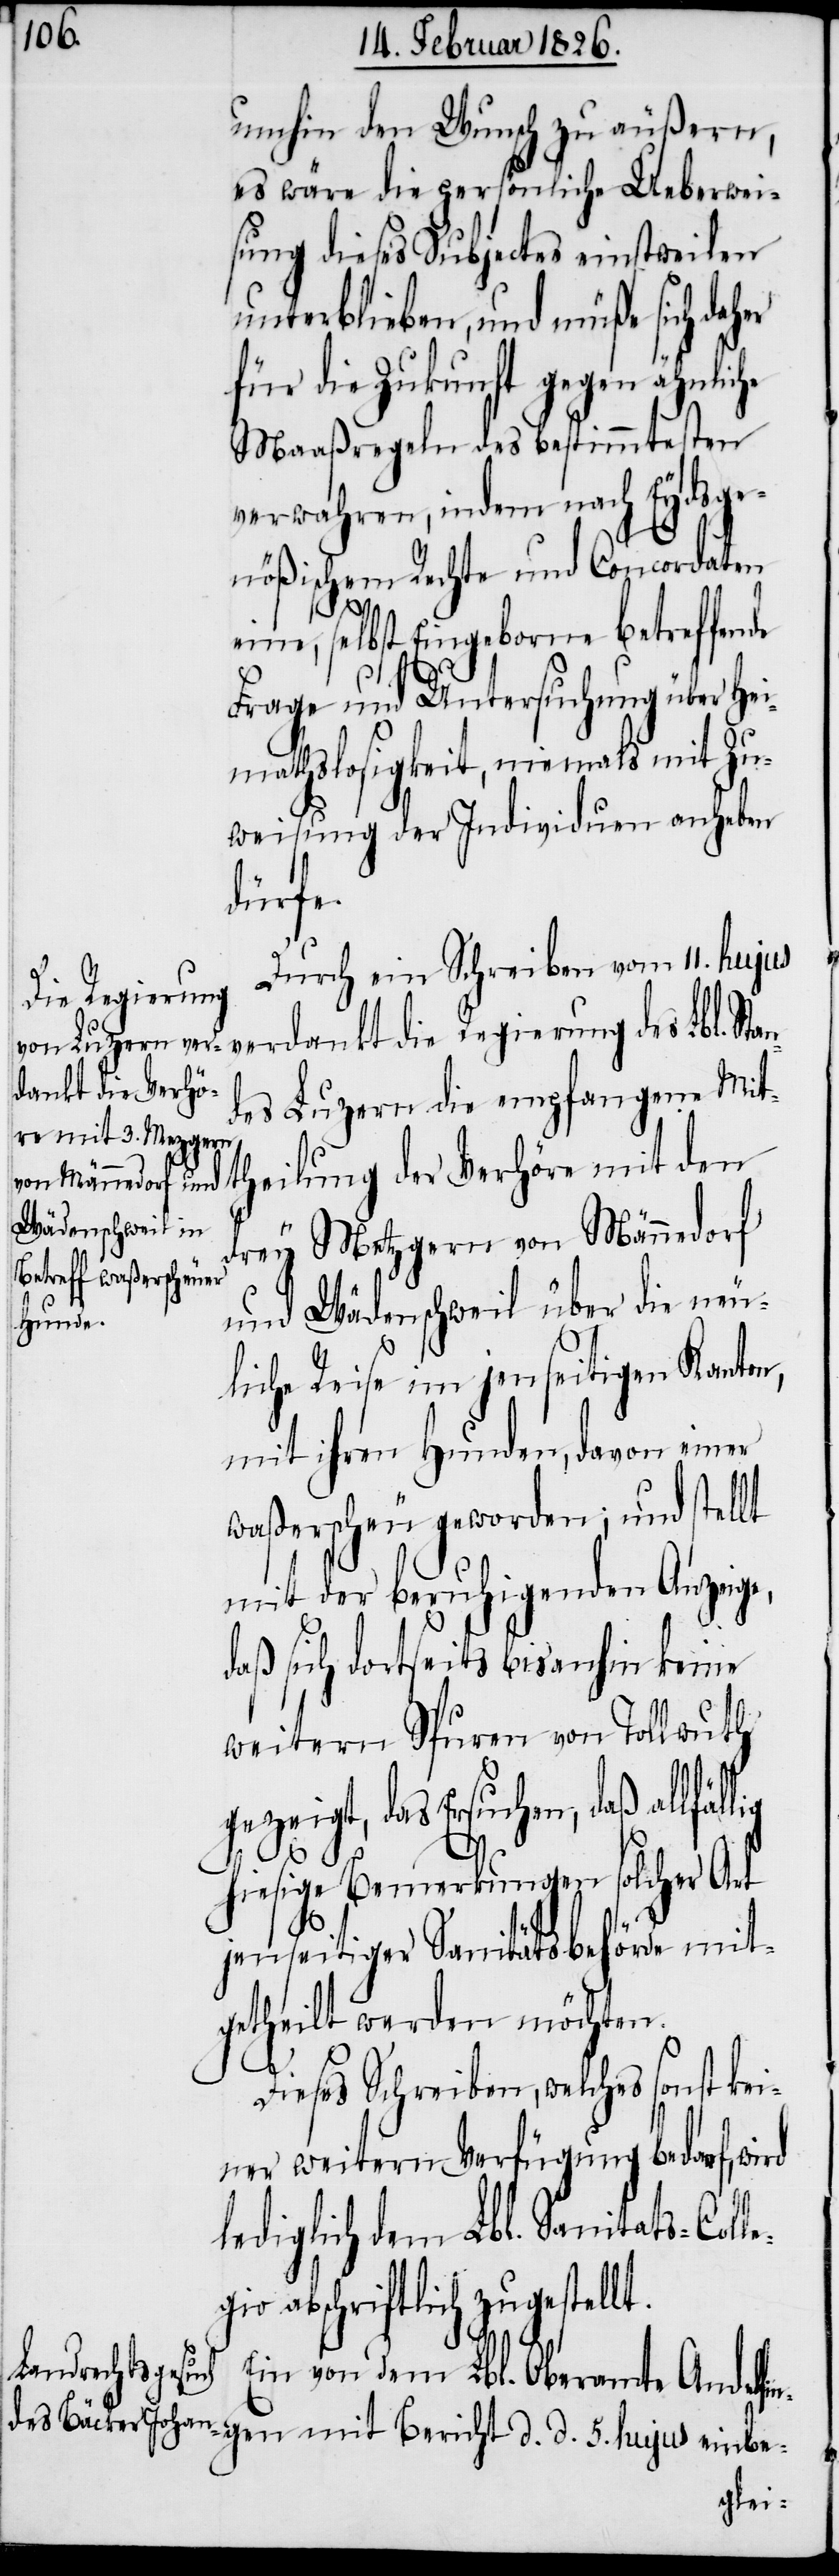
umhin den Wunsch zu äußern,
es wäre die persönliche Ueberwei¬
sung dieses Subjectes einstweilen
unterblieben, und müße sich dah¬
für die Zukunft gegen ähnliche
Maaßregeln des bestimmtesten
verwahren, indem nach Eydsge¬
nößischem Rechte und Concordaten
eine, selbst Eingeborne betreffende
Frage und Untersuchung über Hei¬
mathslosigkeit, niemals mit Zu¬
weisung der Individuen anheben
dürfe.
Durch ein Schreiben vom 11. hujus
5.
die Regierung
des Luzern die empfangene Mit¬
theilung der Verhöre mit den
drey Metzgern von Männedorf
und Wädenschweil über die neu¬
Stan¬
liche Reise im jenseitigen Kanton,
mit ihren Hunden, davon einer
waßerscheu geworden; und stellt
mit der beruhigenden Anzeige,
daß sich dortseits bisanhin keine
weitern Spuren von Tollwuth
gezeigt, das Ersuchen, daß allfäl¬
hiesige Bemerkungen solcher Art
jenseitiger Sanitätsbehörde mit¬
getheilt werden möchten.
Dieses Schreiben, welches sonst kei¬
ner weitern Verfügung bedarf, wird
lediglich dem Lbl. Sanitäts-Coll¬
egio abschriftlich zugestellt.
gen mit Bericht
Ein von dem Lbl. Oberamte Andelfin¬